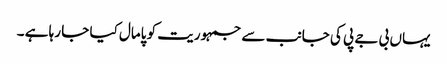
یہاں بی جے پی کی جانب سے جمہوریت کو پامال کیا جا رہا ہے ۔